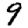
Digit: 9